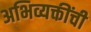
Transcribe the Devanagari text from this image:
अभिव्यक्तींची